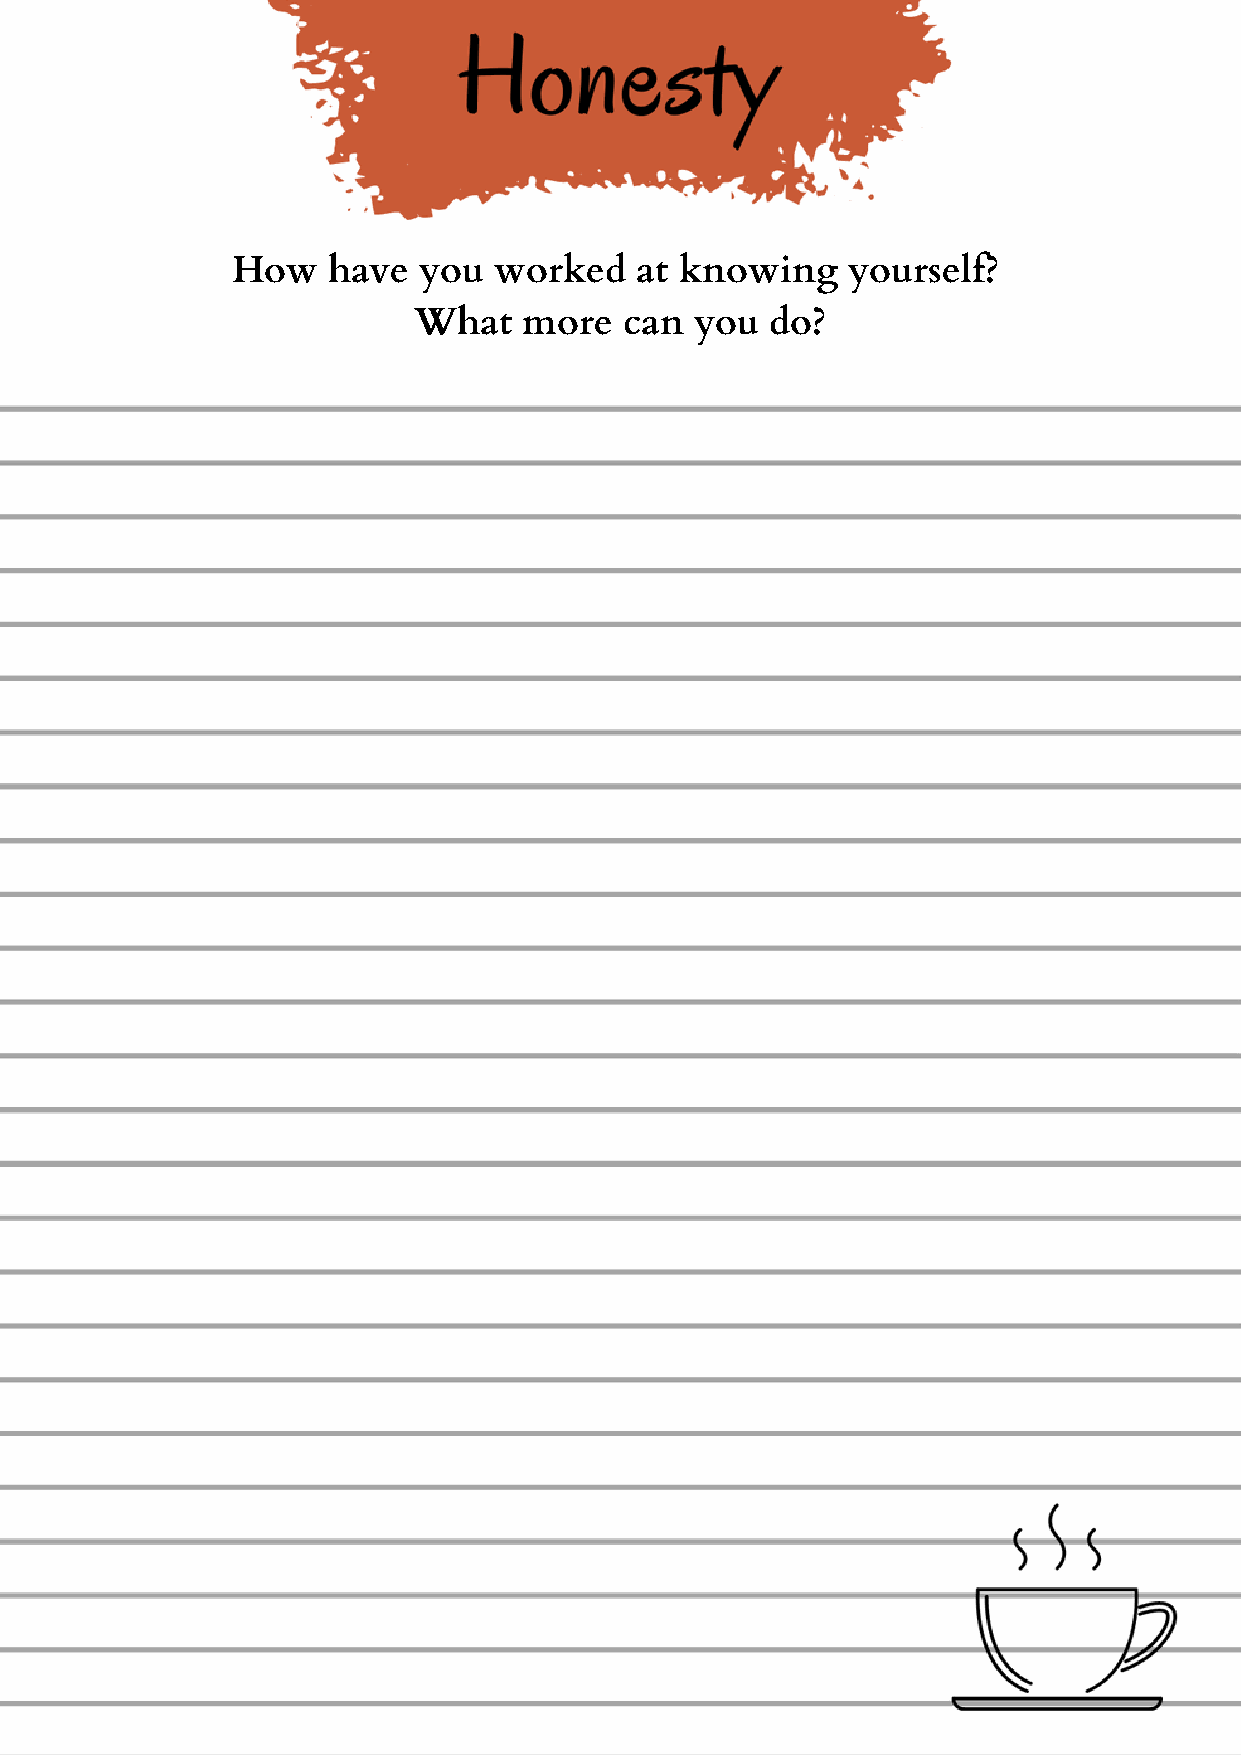
How    have  you  worked   at knowing    yourself?
 What    more  can  you  do?